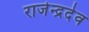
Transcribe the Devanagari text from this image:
राजेन्द्रदेव